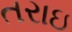
તરાઇ